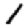
Digit: 1